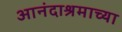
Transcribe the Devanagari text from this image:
आनंदाश्रमाच्या